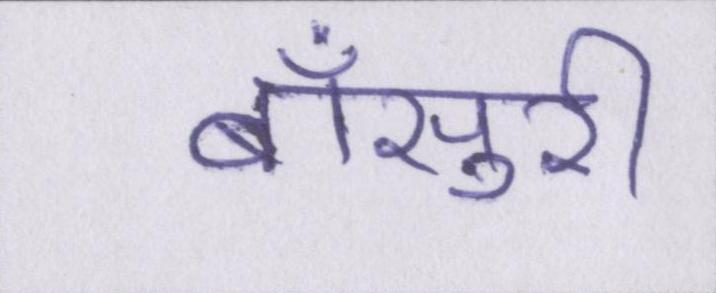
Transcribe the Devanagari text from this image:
बाँसुरी